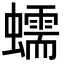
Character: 蠕